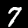
Label: 7